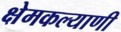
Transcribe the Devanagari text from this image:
क्षेमकल्याणी